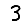
Digit: 3